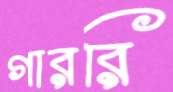
গাররি